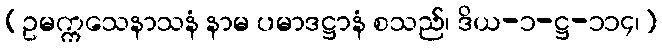
(ဥမက္ကသေနာသနံ နာမ ပမာဒဋ္ဌာနံ စသည်၊ ဒိယ-၁-ဋ္ဌ-၁၁၄၊)